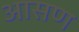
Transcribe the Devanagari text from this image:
आसण